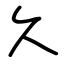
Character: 久